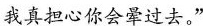
我真担心你会晕过去。”